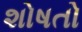
શોષતો